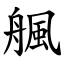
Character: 䑺